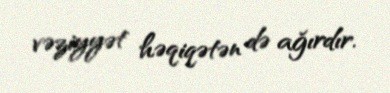
vəziyyət həqiqətən də ağırdır.